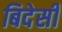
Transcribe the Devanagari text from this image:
बिदेसी